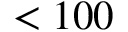
< 1 0 0